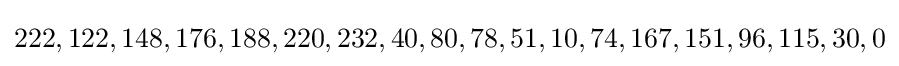
222,122,148,176,188,220,232,40,80,78,51,10,74,167,151,96,115,30,0